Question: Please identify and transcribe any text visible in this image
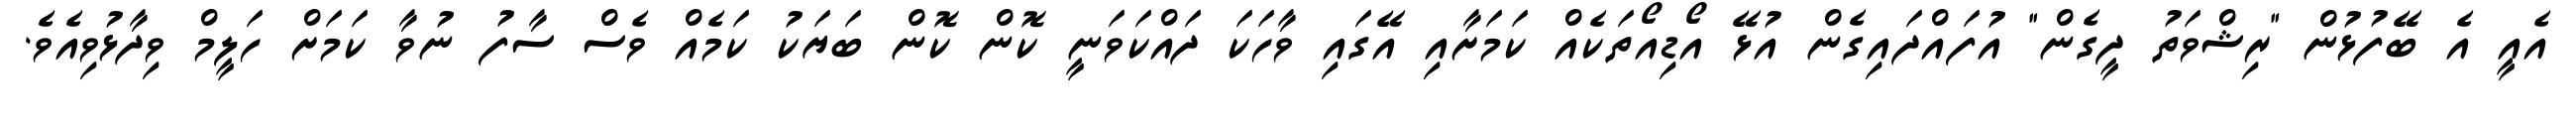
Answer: އެއީ އެ ބޭފުޅުން "ރިޝްވަތު ދީގެން" އުފައްދައިގެން އުޅޭ އޯޑިއޯތަކެއް ކަމަށާއި އޭގައި ވާހަކަ ދައްކަވަނީ ކޮން ކޮން ބަޔަކު ކަމެއް ވެސް ސާފު ނުވާ ކަމަށް ހަލީމް ވިދާޅުވިއެވެ.